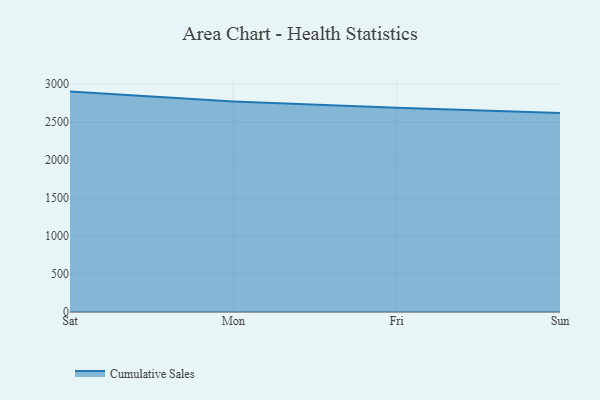
{"axis": {"x": "Day", "y": "Humidity (%)"}, "legend": ["Cumulative Sales"], "data": [{"x": "Sat", "y": 2901.1, "type": "Cumulative Sales"}, {"x": "Mon", "y": 2771.7, "type": "Cumulative Sales"}, {"x": "Fri", "y": 2689.2, "type": "Cumulative Sales"}, {"x": "Sun", "y": 2621.0, "type": "Cumulative Sales"}]}